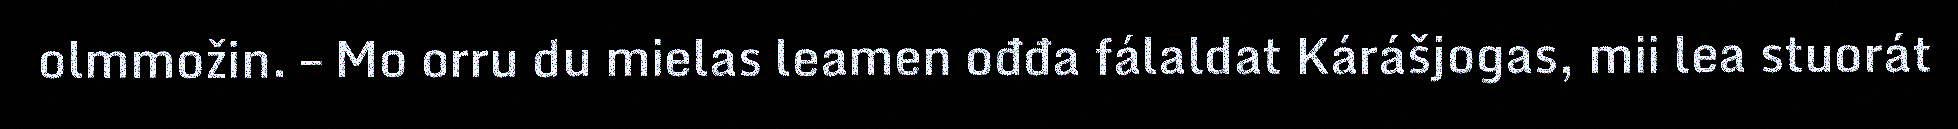
olmmožin. – Mo orru du mielas leamen ođđa fálaldat Kárášjogas, mii lea stuorát